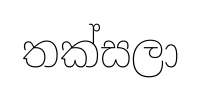
තක්සලා